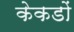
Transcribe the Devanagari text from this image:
केकडों